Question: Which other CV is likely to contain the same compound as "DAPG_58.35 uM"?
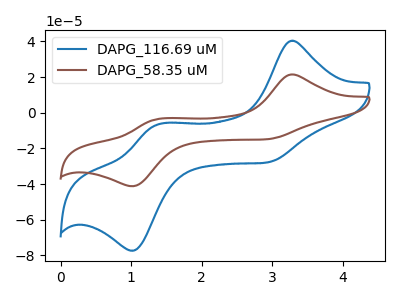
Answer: <think>The blue curve "DAPG_116.69 uM" has anodic peaks at (3.25V, 40.35uA) (1.40V, -6.50uA) and cathodic peaks at (2.90V, -27.95uA) (1.05V, -77.30uA). The brown curve "DAPG_58.35 uM" has anodic peaks at (3.25V, 21.50uA) (1.40V, -3.45uA) and cathodic peaks at (2.90V, -14.85uA) (1.05V, -41.15uA).
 All the peaks in "DAPG_116.69 uM" have a peak in "DAPG_58.35 uM" at the same potential.</think>
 <answer>The CV with the most similar shape to "DAPG_116.69 uM" is "DAPG_58.35 uM".</answer>
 <eval>"DAPG_58.35 uM"</eval>